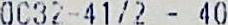
OC32-41/2 - 40